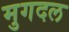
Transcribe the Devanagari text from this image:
मुगदल